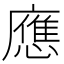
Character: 應